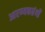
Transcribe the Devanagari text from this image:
आरण्यकग्रंथों